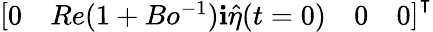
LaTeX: \left[\begin{array}{llll}{0}&{Re(1+Bo^{-1})\textbf{i}\hat{\eta}(t=0)}&{0}&{0}\end{array}\right]^{\intercal}